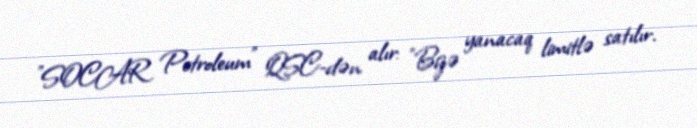
"SOCAR Petroleum" QSC-dən alır: "Bizə yanacaq limitlə satılır.